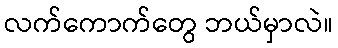
လက်ကောက်တွေ ဘယ်မှာလဲ။